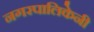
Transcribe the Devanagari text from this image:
नगरपालिकेनी